DOW-UAP-D48, Department of the Air Force Report, 1996
Agency: Department of War
Incident date: 9/10/96
Page 26
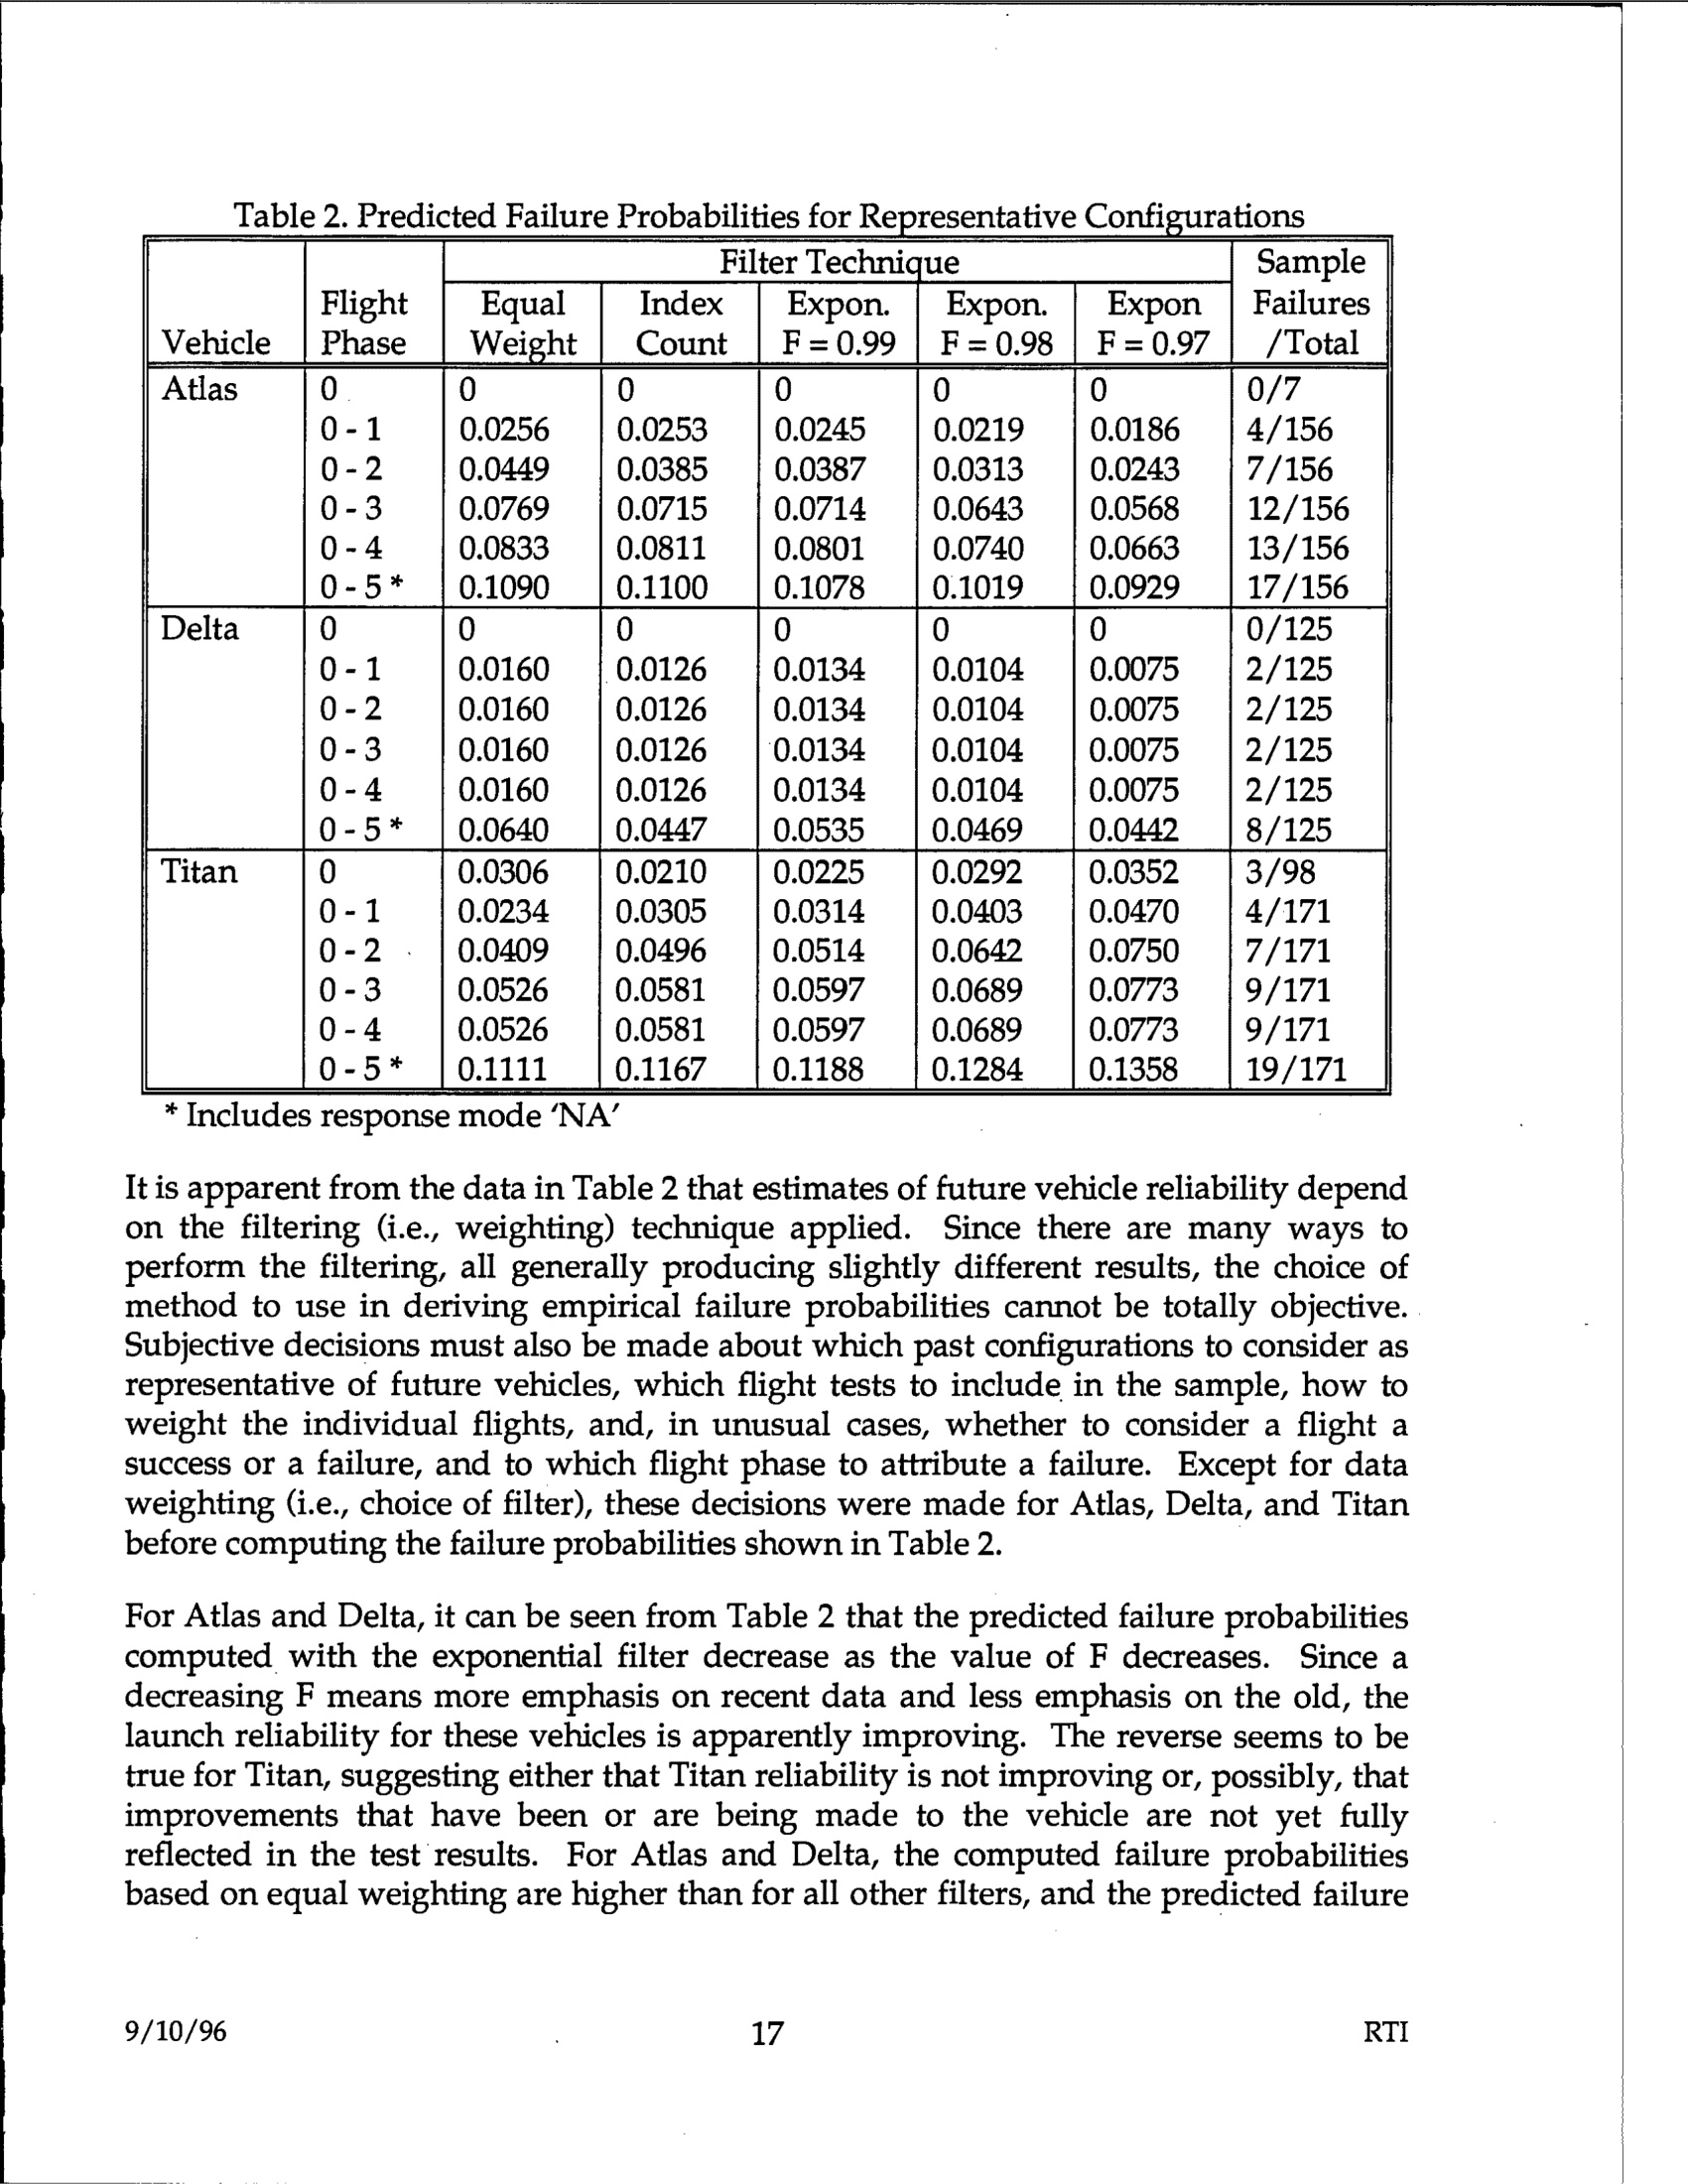